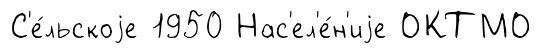
С'е́льскоjе 1950 Нас'ел'е́н'иjе ОКТМО